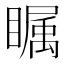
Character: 瞩